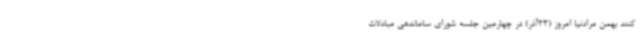
کنند بهمن مرادنیا امروز (23آذر) در چهارمین جلسه شورای ساماندهی مبادلات